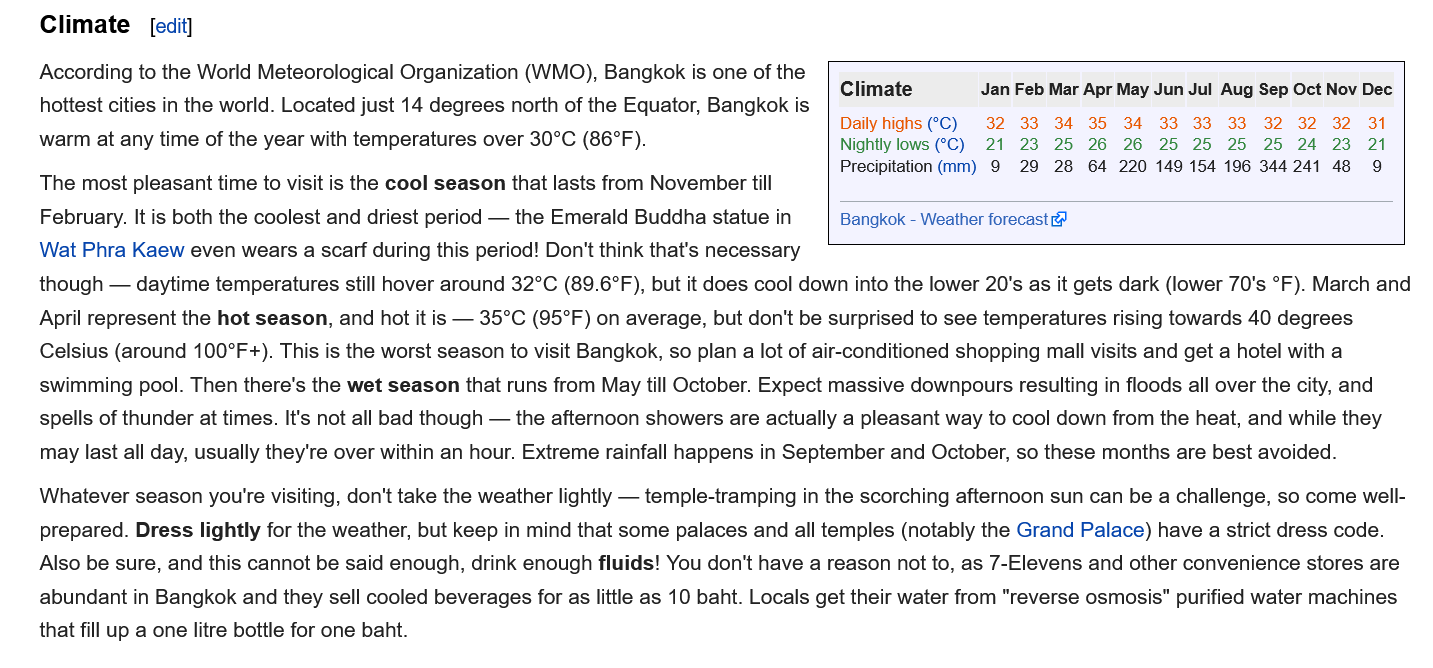
Climate
    According to the World Meteorological Organization (WMO), Bangkok is one of the
     a    A    __
   |
     Climate    Jan Feb Mar Apr May Jun Jul Aug Sep Oct Nov Dec
    hottest cities in the world. Located just 14 degrees north of the Equator, Bangkok is
     .    .
     Daily highs (°C) 32 33 34 35 34 33 33 33 32 32 32 31
    warm at any time of the year with temperatures over 30°C (86°F).    Nightly lows (°C) 21 23 25 26 26 25 25 25 25 24 23 21
     |    a    |
     Precipitation (mm) 9 29 28 64 220 149 154 196 344241 48 9
    The most pleasant time to visit is the cool season that lasts from November till
    February. It is both the coolest and driest period —
     the Emerald Buddha statue in  Bangkok -
     Weather forecast &
    Wat Phra Kaew even wears a scarf during this period! Don't think that's necessary
    though — daytime temperatures still hover around 32°C (89.6°F), but it does cool down into the lower 20's as it gets dark (lower 70's °F). March and
    April represent the hot season, and hot it is
     —
     35°C (95°F) on average, but don't be surprised to see temperatures rising towards 40 degrees
    Celsius (around 100°F +). This is the worst season to visit Bangkok, so plan a lot of air-conditioned shopping mall visits and get a hotel with a

    swimming pool. Then there's the wet season that runs from May till October. Expect massive downpours resulting in floods all over the city, and
    spells of thunder at times. It's not all bad though —
     the afternoon showers are actually a pleasant way to cool down from the heat, and while they
    may last all day, usually they're over within an hour. Extreme rainfall happens in September and October, so these months are best avoided.
    Whatever season you're visiting, don't take the weather lightly — temple-tramping in the scorching afternoon sun can be a challenge, so come well-
    prepared. Dress lightly for the weather, but keep in mind that some palaces and all temples (notably the Grand Palace) have a strict dress code.
    Also be sure, and this cannot be said enough, drink enough fluids! You don't have a reason not to, as 7-Elevens and other convenience stores are
    abundant in Bangkok and they sell cooled beverages for as little as 10 baht. Locals get their water from "reverse osmosis" purified water machines
    that fill up a one litre bottle for one baht.
     [edit]
     Daily highs (°C)
     Nightly lows (°C)
     Precipitation (mm)
     32 33 34 35  34 33 33 33 32 32  32 31
     21 23 25 26  26 25 25 25 25 24  23 21
     9 29 28 64 220 149 154 196 344241 48 9
     Jan Feb Mar Apr May Jun Jul Aug Sep Oct Nov Dec | Climate
     Bangkok - Weather forecast @